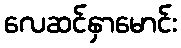
လေဆင်နှာမောင်း